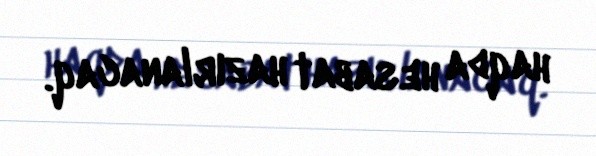
haqda hesabat hazırlanacaq.